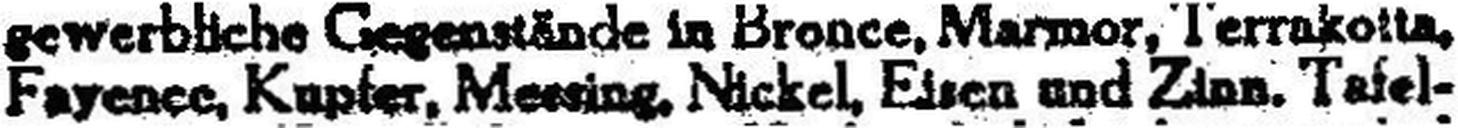
Fayence, Kupfer, Meeting, Nickel, Eisen und Zion, Tafel-